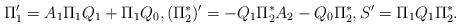
LaTeX: \begin{align*} \Pi_1^{\prime}=A_1\Pi_1 Q_1+\Pi_1 Q_0, (\Pi_2^*)^{\prime}=-Q_1\Pi_2^* A_2-Q_0\Pi_2^*, S^{\prime}=\Pi_1 Q_1 \Pi_2^*.\end{align*}